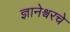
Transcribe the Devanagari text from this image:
ज्ञानेश्वरचे